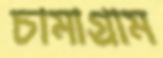
চামাগ্রাম